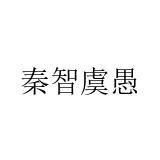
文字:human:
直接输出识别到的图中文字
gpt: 秦智虞愚